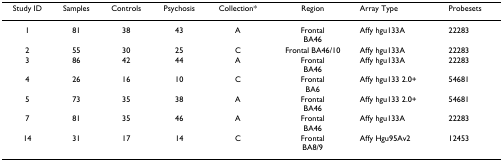
<table><thead><tr><td><b>Study ID</b></td><td><b>Samples</b></td><td><b>Controls</b></td><td><b>Psychosis</b></td><td><b>Collection*</b></td><td><b>Region</b></td><td><b>Array Type</b></td><td><b>Probesets</b></td></tr></thead><tbody><tr><td>1</td><td>81</td><td>38</td><td>43</td><td>A</td><td>FrontalBA46</td><td>Affy hgu133A</td><td>22283</td></tr><tr><td>2</td><td>55</td><td>30</td><td>25</td><td>C</td><td>Frontal BA46/10</td><td>Affy hgu133A</td><td>22283</td></tr><tr><td>3</td><td>86</td><td>42</td><td>44</td><td>A</td><td>FrontalBA46</td><td>Affy hgu133A</td><td>22283</td></tr><tr><td>4</td><td>26</td><td>16</td><td>10</td><td>C</td><td>FrontalBA6</td><td>Affy hgu133 2.0+</td><td>54681</td></tr><tr><td>5</td><td>73</td><td>35</td><td>38</td><td>A</td><td>FrontalBA46</td><td>Affy hgu133 2.0+</td><td>54681</td></tr><tr><td>7</td><td>81</td><td>35</td><td>46</td><td>A</td><td>FrontalBA46</td><td>Affy hgu133A</td><td>22283</td></tr><tr><td>14</td><td>31</td><td>17</td><td>14</td><td>C</td><td>FrontalBA8/9</td><td>Affy Hgu95Av2</td><td>12453</td></tr></tbody></table>